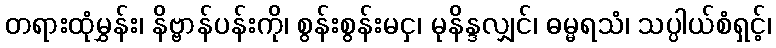
တရားထုံမွှန်း၊ နိဗ္ဗာန်ပန်းကို၊ စွန်းစွန်းမငှ၊ မုနိန္ဒလျှင်၊ ဓမ္မရသံ၊ သပ္ပါယ်စံရှင့်၊